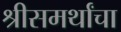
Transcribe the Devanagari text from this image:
श्रीसमर्थांचा